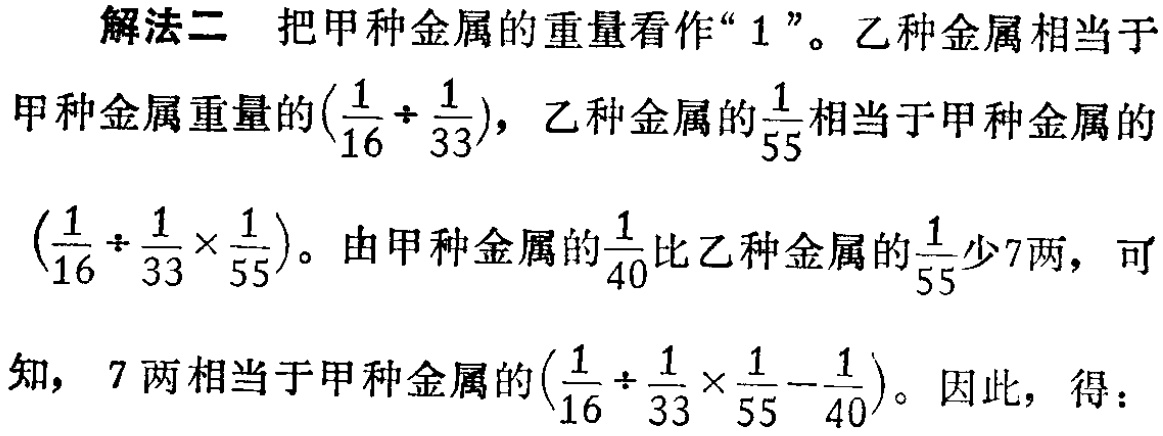
解法二 把甲种金属的重量看作“$1$”。乙种金属相当于

甲种金属重量的$(\frac{1}{16} \div \frac{1}{33})$，乙种金属的$\frac{1}{55}$相当于甲种金属的

$(\frac{1}{16} \div \frac{1}{33} \times \frac{1}{55})$。由甲种金属的$\frac{1}{40}$比乙种金属的$\frac{1}{55}$少7两，可

知，$7$两相当于甲种金属的$(\frac{1}{16} \div \frac{1}{33} \times \frac{1}{55}-\frac{1}{40})$。因此，得：